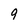
Character: 9